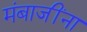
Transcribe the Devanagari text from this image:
मंबाजींना